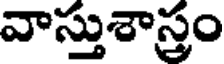
వాస్తుశాస్త్రం